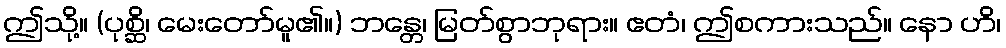
ဤသို့။ (ပုစ္ဆိ၊ မေးတော်မူ၏။) ဘန္တေ၊ မြတ်စွာဘုရား။ ဧတံ၊ ဤစကားသည်။ နော ဟိ၊